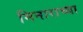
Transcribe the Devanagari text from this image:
मिनाराच्या